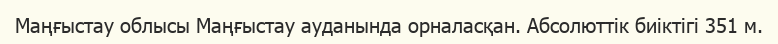
Маңғыстау облысы Маңғыстау ауданында орналасқан. Абсолюттік биіктігі 351 м.